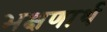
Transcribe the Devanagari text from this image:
भक्षणार्थ